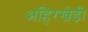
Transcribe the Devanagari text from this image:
अहिरखेड़ी